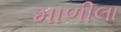
માળીલા